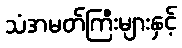
သံအမတ်ကြီးများနှင့်